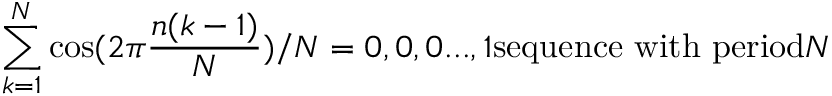
\sum _ { k = 1 } ^ { N } \cos ( 2 \pi { \frac { n ( k - 1 ) } { N } } ) / N = 0 , 0 , 0 . . . , 1 { \mathrm { s e q u e n c e ~ w i t h ~ p e r i o d } } N